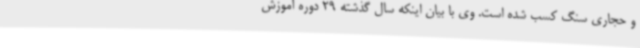
و حجاری سنگ کسب شده است. وی با بیان اینکه سال گذشته 29 دوره آموزش